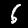
Label: 6